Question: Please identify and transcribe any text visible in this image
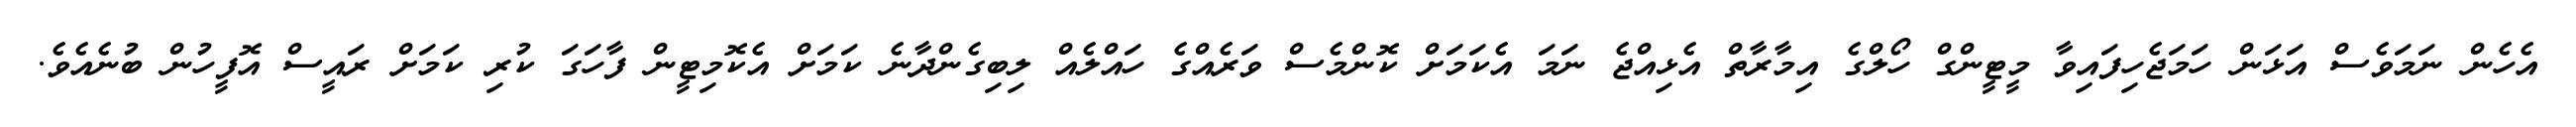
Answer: އެހެން ނަމަވެސް އަޅަން ހަމަޖެހިފައިވާ މީޓީންގް ހޯލްގެ އިމާރާތް އެޅިއްޖެ ނަމަ އެކަމަށް ކޮންމެސް ވަރެއްގެ ހައްލެއް ލިބިގެންދާނެ ކަމަށް އެކޮމިޓީން ފާހަގަ ކުރި ކަމަށް ރައީސް އޮފީހުން ބުނެއެވެ.